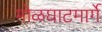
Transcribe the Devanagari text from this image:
मोळघाटमार्गे